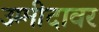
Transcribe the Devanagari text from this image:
उम्मीदावर